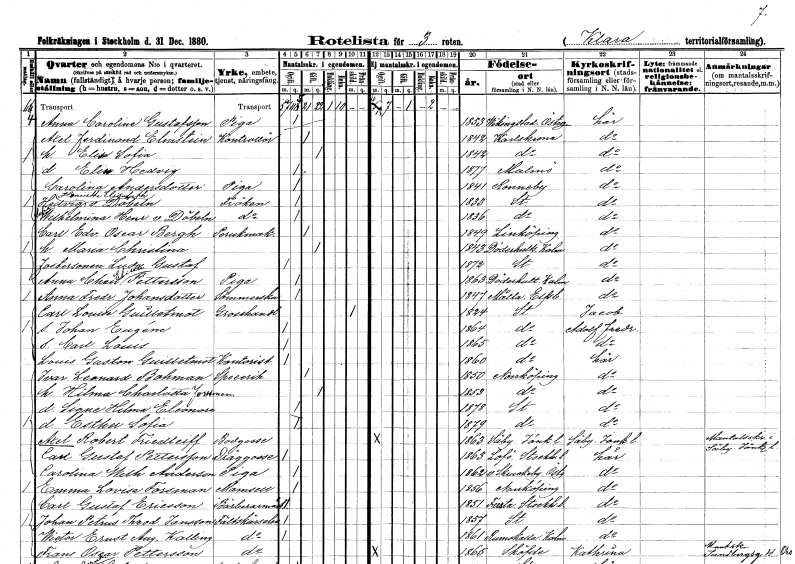
gt_parse: households: individuals: FN: Anna Carolina
EN: Gustafsson
YRKE: Piga
KON: K
CIV: O
FODAR: 1853
FODFORS: Vikingstad Östergötlands län
FN: Axel Ferdinand
EN: Elmstein
YRKE: Kontrollör
KON: M
CIV: G
FODAR: 1842
FODFORS: Karlskrona Blekinge län
FN: Elin Sofia
KON: K
CIV: G
FODAR: 1842
FODFORS: Karlskrona Blekinge län
FN: Elin Hedvig
KON: K
CIV: O
FODAR: 1877
FODFORS: Malmö Malmöhus län
FN: Carolina
EN: Andersdotter
YRKE: Piga
KON: K
CIV: O
FODAR: 1841
FODFORS: Ronneby Blekinge län
FN: Hedvig Henriette Elisabeth
EN: v. Döbeln
KON: K
CIV: O
FODAR: 1833
FODFORS: Stockholm
FN: Sofia Wilhelmina Henrietta
EN: v. Döbeln
KON: K
CIV: O
FODAR: 1836
FODFORS: Stockholm
FN: Carl Edvard Oscar
EN: Bergh
YRKE: Perukmakare
KON: M
CIV: G
FODAR: 1849
FODFORS: Linköping Östergötlands län
FN: Maria Christina
KON: K
CIV: G
FODAR: 1843
FODFORS: Döderhult Kalmar län
FN: Ludvig Gustaf
KON: M
CIV: O
FODAR: 1872
FODFORS: Stockholm
FN: Anna Charlotta Elisabet
EN: Pettersson
YRKE: Piga
KON: K
CIV: O
FODAR: 1863
FODFORS: Döderhult Kalmar län
FN: Anna Fredrika
EN: Johansdotter
YRKE: Sömmerska
KON: K
CIV: O
FODAR: 1847
FODFORS: Molla Älvsborgs län
FN: Carl Louis
EN: Guilletmot
YRKE: Grosshandlare
KON: M
CIV: X
FODAR: 1824
FODFORS: Stockholm
FN: Johan Eugéne
KON: M
CIV: O
FODAR: 1864
FODFORS: Stockholm
FN: Carl Louis
KON: M
CIV: O
FODAR: 1865
FODFORS: Stockholm
FN: Louis Gaston
EN: Guilletmot
YRKE: Kontorist
KON: M
CIV: O
FODAR: 1860
FODFORS: Stockholm
FN: Ivar Leonard
EN: Bohman
YRKE: Specerihandlare
KON: M
CIV: G
FODAR: 1850
FODFORS: Norrköping Östergötlands län
FN: Hilma Charlotta
EN: Forssman
KON: K
CIV: G
FODAR: 1853
FODFORS: Norrköping Östergötlands län
FN: Signe Hilma Eleonora
KON: K
CIV: O
FODAR: 1878
FODFORS: Stockholm
FN: Esther Sofia
KON: K
CIV: O
FODAR: 1879
FODFORS: Stockholm
FN: Axel Robert
EN: Friedleiff
YRKE: Bodgosse
KON: M
CIV: O
FODAR: 1863
FODFORS: Säby Jönköpings län
FN: Carl Gustaf
EN: Pettersson
YRKE: Dränggosse
KON: M
CIV: O
FODAR: 1863
FODFORS: Lovö Stockholms län
FN: Carolina Wilhelmina
EN: Anderson
YRKE: Piga
KON: K
CIV: O
FODAR: 1862
FODFORS: Skrukeby Östergötlands län
FN: Emma Lovisa
EN: Forsman
KON: K
CIV: O
FODAR: 1856
FODFORS: Norrköping Östergötlands län
FN: Carl Gustaf
EN: Ericsson
YRKE: Barberarmästare
KON: M
CIV: O
FODAR: 1851
FODFORS: Fresta Stockholms län
FN: Johan Petrus Theodor
EN: Jansson
YRKE: Fältskärselev
KON: M
CIV: O
FODAR: 1857
FODFORS: Stockholm
FN: Wictor Ernst August
EN: Kalling
YRKE: Fältskärselev
KON: M
CIV: O
FODAR: 1861
FODFORS: Rumskulla Kalmar län
FN: Frans Oscar
EN: Pettersson
YRKE: Fältskärselev
KON: M
CIV: O
FODAR: 1865
FODFORS: Skövde Skaraborgs län